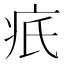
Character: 疧